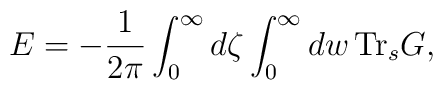
E=-{1\over2\pi}\int_0^\infty d\zeta\int_0^\infty dw\, \mbox{Tr}_s G,